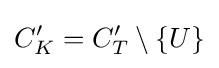
C_{K}'=C_{T}'\setminus \{U\}